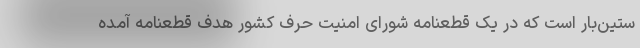
ستین‌بار است که در یک قطعنامه شورای امنیت حرف کشور هدف قطعنامه آمده